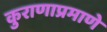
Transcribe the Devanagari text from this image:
कुराणाप्रमाणे